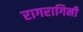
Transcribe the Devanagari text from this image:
रागरागिनी